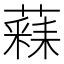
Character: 𮑧